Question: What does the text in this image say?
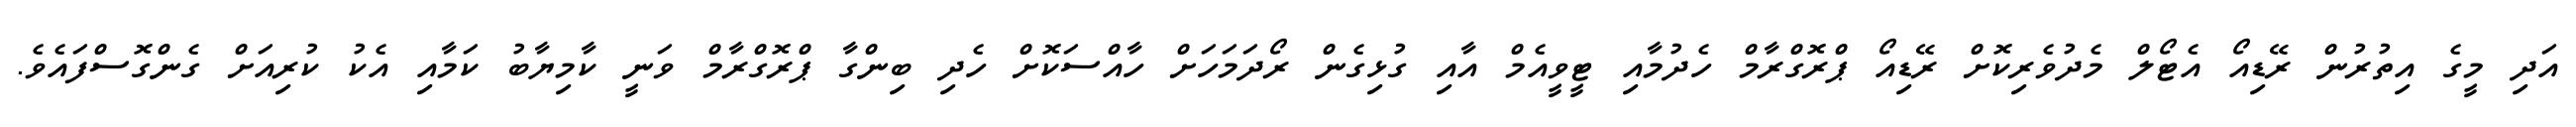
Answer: އަދި މީގެ އިތުރުން ރޭޑިއޯ އެޓޯލް މެދުވެރިކޮށް ރޭޑިއޯ ޕްރޮގްރާމް ހެދުމާއި ޓީވީއެމް އާއި ގުޅިގެން ރޯދަމަހަށް ހާއްސަކޮށް ހެދި ބިންގާ ޕްރޮގްރާމް ވަނީ ކާމިޔާބު ކަމާއި އެކު ކުރިއަށް ގެންގޮސްފައެވެ.